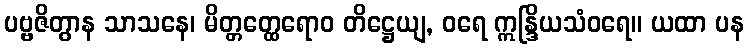
ပဗ္ဗဇိတွာန သာသနေ၊ မိတ္တတ္ထေရောဝ တိဋ္ဌေယျ, ဝရေ ဣန္ဒြိယသံဝရေ။ ယထာ ပန